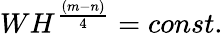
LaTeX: WH^{\frac{(m-n)}{4}}=const.